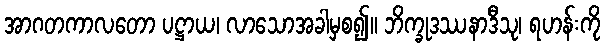
အာဂတကာလတော ပဋ္ဌာယ၊ လာသောအခါမှစ၍။ ဘိက္ခုဒဿနာဒီသု၊ ရဟန်းကို